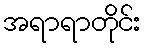
အရာရာတိုင်း